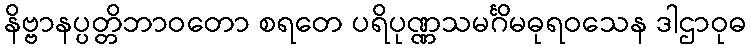
နိဗ္ဗာနပ္ပတ္တိဘာဝတော စရတေ ပရိပုဏ္ဏသမင်္ဂိမဓုရဝသေန ဒါဌာဝုဓ